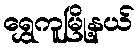
ရွှေကူမြို့နယ်